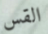
القس